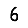
Digit: 6